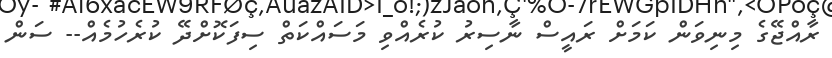
ރާއްޖޭގެ މިނިވަން ކަމަށް ރައީސް ނާސިރު ކުރެއްވި މަސައްކަތް ސިފަކޮށްދޭ ކުރެހުމެއް-- ސަން